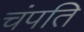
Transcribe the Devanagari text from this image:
चंपति